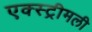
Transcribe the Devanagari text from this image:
एक्स्ट्रीमली